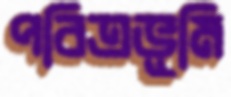
পবিত্রভূমি